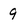
Character: 9